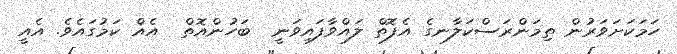
ހަމަކަށަވަރުން ތިމަންރަސްކަލާނގެ އެފޮތް ލައްވާފައިވަނީ  ބަހުންއޮތް  އެއް ކަމުގައެވެ. އެއީ